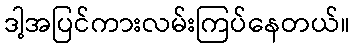
ဒါ့အပြင်ကားလမ်းကြပ်နေတယ်။